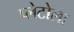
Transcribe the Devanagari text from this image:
प्लेटोला